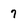
Character: 7